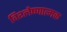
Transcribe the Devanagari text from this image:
विश्लेष्णात्मक